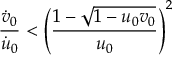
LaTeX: \frac { \dot { v } _ { 0 } } { \dot { u } _ { 0 } } < \left( \frac { 1 - \sqrt { 1 - u _ { 0 } v _ { 0 } } } { u _ { 0 } } \right) ^ { 2 }